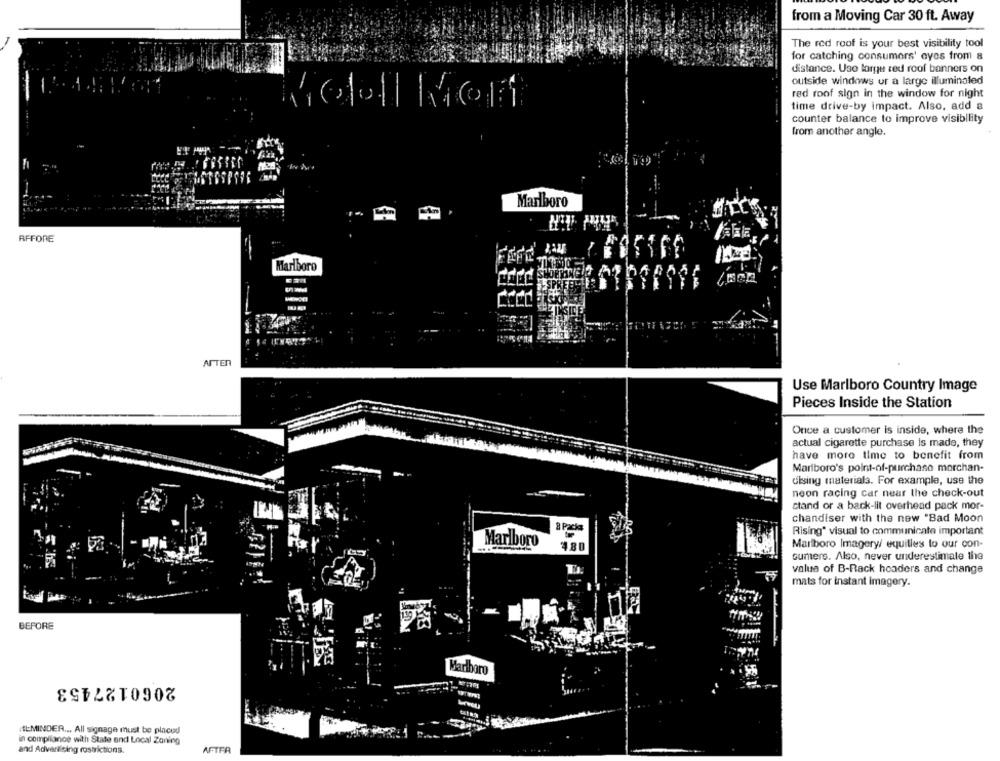
from a Moving Car 30 ft. Away
The red roof is your best visibility tool
for catching consumers' eyes from &
distance. Use large red roof banners on
outside windows or a large illuminated
red roof sign in the window for night
time drive-by impact. Also, add a
counter balance to improve visibility
from another angle.
Marlboro
RFFORE
Marlboro
AFTER
Use Marlboro Country Image
Pieces Inside the Station
Once a customer is inside, where the
actual cigarette purchase is made, they
have more time to benefit from
Marlboro's point-of-purchaso morchan-
dising materiala. For example, use the
neon racing car near the check-out
stand or a back-lit overhead pack mor-
chandiser with the new "Bad Moon
2 Packa
Rising" visual to communicate important
Marlboro
480
Marlboro Imagery/ equilles to our con-
sumers. Also, never underestimate the
value of B-Rack headers and change
mats for instant Imagery.
Mi
BEFORE
Marlboro
2060127453
ILMINDER ... All signage must be placed
in compliance with State and Local Zoning
and Advertising rostrictions.
AFTER